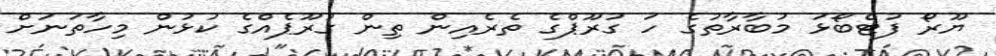
ޔޫރޯ ފުޓްބޯޅަ މުބާރާތުގެ ހަ ގުރޫޕްގެ ތެރެއިން ތިން ގުރޫޕެއްގެ ކުޅުން މިހާތަނަށް